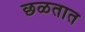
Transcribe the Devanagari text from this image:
छळतात